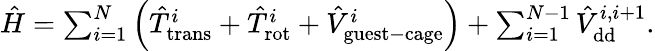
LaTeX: \begin{array}{r}{\hat{H}=\sum_{i=1}^{N}\left(\hat{T}_{\mathrm{trans}}^{i}+\hat{T}_{\mathrm{rot}}^{i}+\hat{V}_{\mathrm{guest-cage}}^{i}\right)+\sum_{i=1}^{N-1}\hat{V}_{\mathrm{dd}}^{i,i+1}.}\end{array}